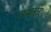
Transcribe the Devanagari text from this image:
लाइनआउट